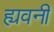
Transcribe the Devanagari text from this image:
ह्यवनी